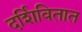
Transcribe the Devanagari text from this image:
दर्शिवितात